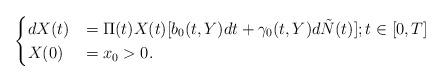
LaTeX: \begin{align*} \begin{cases}dX(t)&=\Pi(t)X(t)[b_0(t,Y)dt+\gamma_0(t,Y)d\tilde{N}(t)]; t\in[0, T]\\X(0)&=x_0>0.\end{cases} \end{align*}